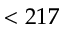
< 2 1 7